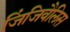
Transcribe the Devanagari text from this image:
जिंजिवैलिस